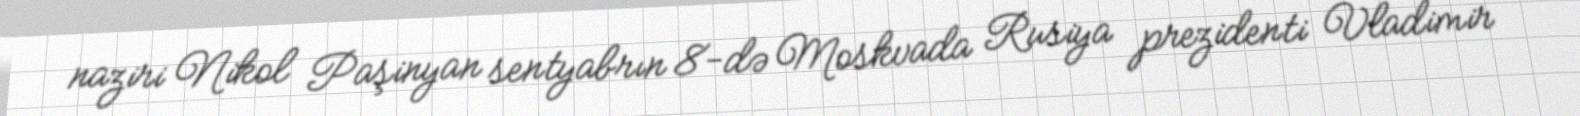
naziri Nikol Paşinyan sentyabrın 8-də Moskvada Rusiya prezidenti Vladimir